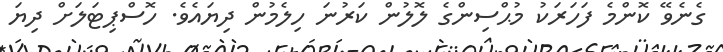
ގެނެވޭ ކޮންމެ ފަހަރަކު މުޙްސިންގެ ލޮލުން ކަރުނަ ހިލެމުން ދިޔައެވެ. ހޮސްޕިޓަލަށް ދިޔަ